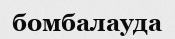
бомбалауда